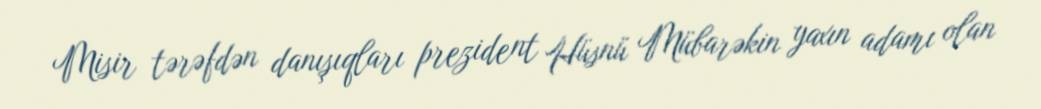
Misir tərəfdən danışıqları prezident Hüsnü Mübarəkin yaxın adamı olan